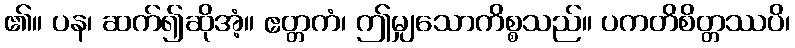
၏။ ပန၊ ဆက်၍ဆိုအံ့။ ဧတ္တကံ၊ ဤမျှသောကိစ္စသည်။ ပကတိစိတ္တဿပိ၊